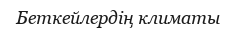
Беткейлердің климаты